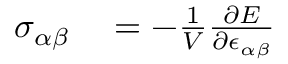
\begin{array} { r l } { \sigma _ { \alpha \beta } } & { { } = - \frac { 1 } { V } \frac { \partial E } { \partial \epsilon _ { \alpha \beta } } } \end{array}